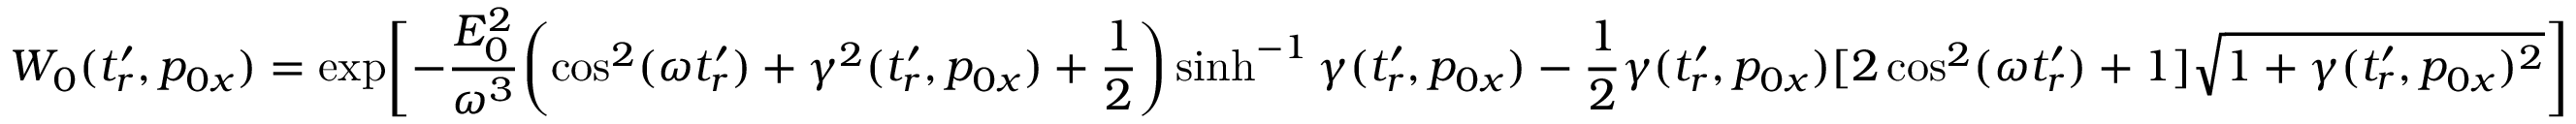
W _ { 0 } ( t _ { r } ^ { \prime } , p _ { 0 x } ) = \exp \biggl [ - \frac { E _ { 0 } ^ { 2 } } { \omega ^ { 3 } } \biggl ( \cos ^ { 2 } ( \omega t _ { r } ^ { \prime } ) + \gamma ^ { 2 } ( t _ { r } ^ { \prime } , p _ { 0 x } ) + \frac { 1 } { 2 } \biggr ) \sinh ^ { - 1 } \gamma ( t _ { r } ^ { \prime } , p _ { 0 x } ) - \frac { 1 } { 2 } \gamma ( t _ { r } ^ { \prime } , p _ { 0 x } ) [ 2 \cos ^ { 2 } ( \omega t _ { r } ^ { \prime } ) + 1 ] \sqrt { 1 + \gamma ( t _ { r } ^ { \prime } , p _ { 0 x } ) ^ { 2 } } \biggr ]